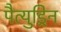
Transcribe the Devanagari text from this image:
पैत्युड्रिन